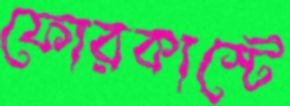
ফোরকাস্টে